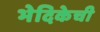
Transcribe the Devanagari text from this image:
भेदिकेची